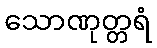
သောဏုတ္တရံ